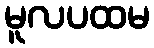
မူလပထမ